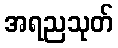
အရညသုတ်